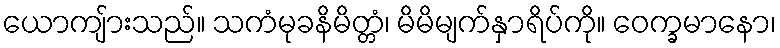
ယောကျ်ားသည်။ သကံမုခနိမိတ္တံ၊ မိမိမျက်နှာရိပ်ကို။ ဝေက္ခမာနော၊